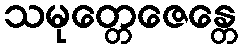
သမုတ္တေဇေန္တေ